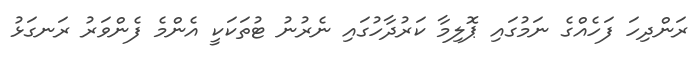
ރަންދިހަ ފަހެއްގެ ނަމުގައި ޕޮލިމާ ކަރުދާހުގައި ނެރުނު ޓުތަކަކީ އެންމެ ފެންވަރު ރަނގަޅު